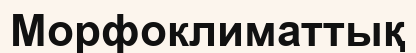
Морфоклиматтық